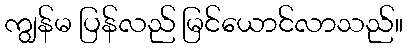
ကျွန်မ ပြန်လည် မြင်ယောင်လာသည်။